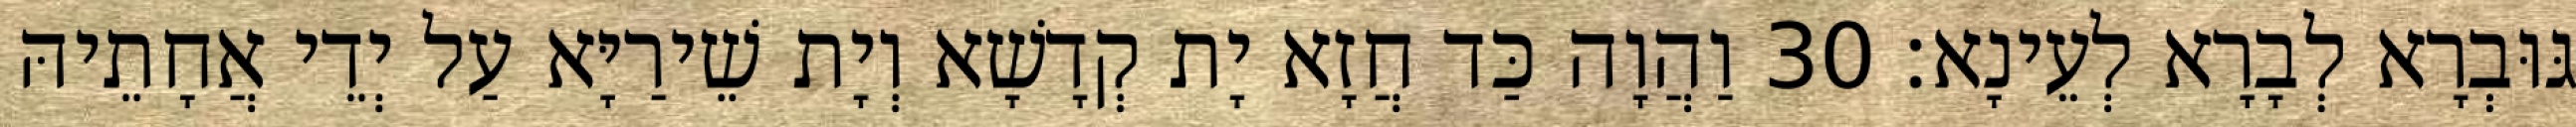
גּוּבְרָא לְבָרָא לְעֵינָא׃ 30 וַהֲוָה כַּד חֲזָא יָת קְדָשָׁא וְיָת שֵׁירַיָּא עַל יְדֵי אֲחָתֵיהּ